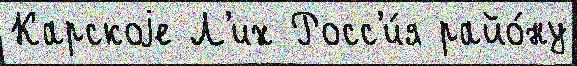
Карскоjе Л'их Росс'и́я райо́ну